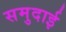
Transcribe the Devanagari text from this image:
समुदाई